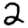
Digit: 2